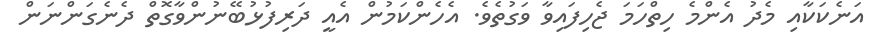
އަނެކަކާއި މެދު އެންމެ ހިތްހަމަ ޖެހިފައިވާ ވަގުތެވެ. އެހެންކަމުން އެއީ ދަރިފުޅުބޭނުންވާގޮތް ދެނެގަންނަން